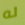
له